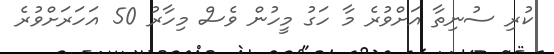
ކުރި ސުނިތާ އަށްވުރެ މާ ހަގު މީހުން ވެސް މިހާރު 50 އަހަރަށްވުރެ